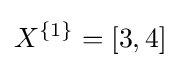
X^{\{1\}}=[3,4]